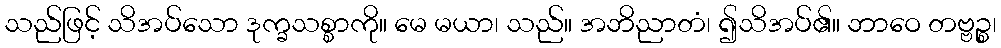
သည်ဖြင့် သိအပ်သော ဒုက္ခသစ္စာကို။ မေ မယာ၊ သည်။ အဘိညာတံ၊ ၍သိအပ်၏။ ဘာဝေ တဗ္ဗဉ္စ၊